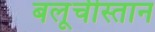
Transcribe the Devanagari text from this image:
बलूचीस्तान